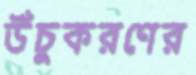
উঁচুকরণের